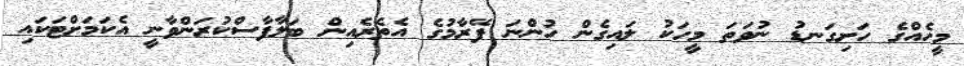
މީހެއްގެ ހަށިގަނޑު ނުވަތަ މީހަކު ލައިގެން ހުންނަ ފޭރާމުގެ އެތެރެއިން ބަލާފާސްކުރަންވާނީ އެކަމަށްޓަކައި